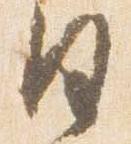
日